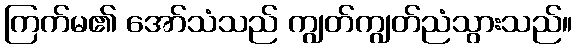
ကြက်မ၏ အော်သံသည် ကျွတ်ကျွတ်ညံသွားသည်။